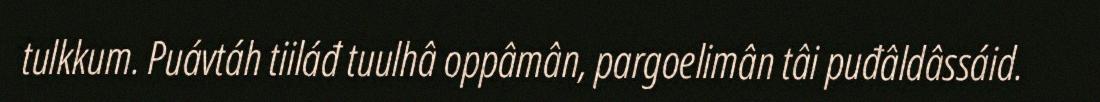
tulkkum. Puávtáh tiiláđ tuulhâ oppâmân, pargoelimân tâi puđâldâssáid.